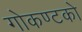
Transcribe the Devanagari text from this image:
गोकण्टको